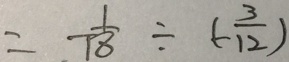
= - \frac { 1 } { 1 8 } \div ( - \frac { 3 } { 1 2 } )